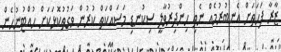
ޒާރާ ފަހަތަށް އެނބުރުމެއް ނެތި ހިންދިރުވާލީ ސިކުނޑި މަސައްކަތް ކުރުން ވަގުތުކޮޅަކަށް ހުއްޓުނުހެން